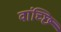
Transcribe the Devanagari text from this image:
वांच्छि